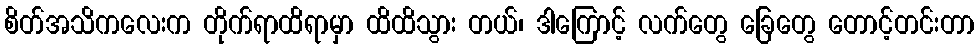
စိတ်အသိကလေးက တိုက်ရာထိရာမှာ ထိထိသွား တယ်၊ ဒါကြောင့် လက်တွေ ခြေတွေ တောင့်တင်းတာ